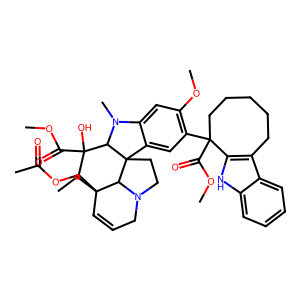
SMILES: CCC12C=CCN3CCC4(c5cc(C6(C(=O)OC)CCCCCc7c6[nH]c6ccccc76)c(OC)cc5N(C)C4C(O)(C(=O)OC)C1OC(C)=O)C32
Inhibits HIV replication: No